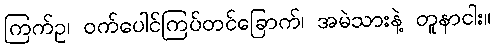
ကြက်ဥ၊ ဝက်ပေါင်ကြပ်တင်ခြောက်၊ အမဲသားနဲ့ တူနာငါး။